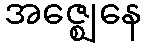
အဇ္ဈေနေ